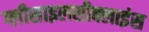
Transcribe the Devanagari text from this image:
ग्लीसाइलसीक्लाइंस